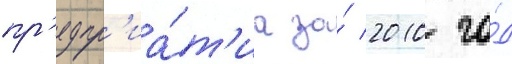
пр'едпр'иа́т'иа за́ 2010 го́д